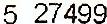
5 57499